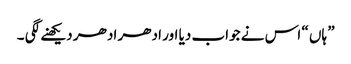
” ہاں “ اس نے جواب دیا اور ادھر ادھر دیکھنے لگی ۔